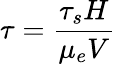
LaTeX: \displaystyle\tau=\frac{\tau_{s}H}{\mu_{e}V}